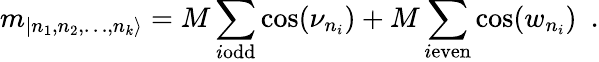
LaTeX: m_{|n_{1},n_{2},\dots,n_{k}\rangle}=M\sum_{i\textrm{odd}}\cos(\nu_{n_{i}})+M\sum_{i\textrm{even}}\cos(w_{n_{i}})\, \, \, .